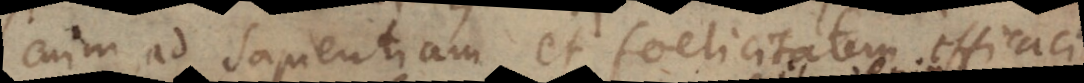
enim ad sapientiam et foelicitatem efficaci